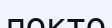
покто